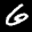
Label: 6